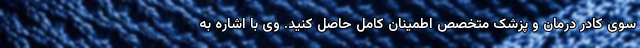
سوی کادر درمان و پزشک متخصص اطمینان کامل حاصل کنید. وی با اشاره به